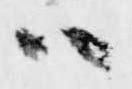
ハ